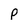
Character: P